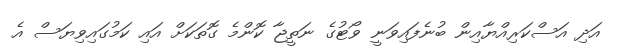
އަދި އަސްކަރިއްޔާއިން ބުނެފައިވަނީ ވޯޓުގެ ނަތީޖާ ކޮންމެ ގޮތަކަށް އައި ކަމުގައިވިޔަސް އެ